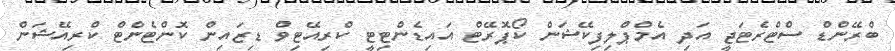
ބްރޭންޑް ސްޓްރެޓަޖީ އަދި އެމްޕްލިފިކޭޝަން ކޯޕޮރޭޓް އައިޑެންޓިޓީ ކްރިއޭޓިވް ޑިޒައިން ކޮންޓެންޓް ކްރިއޭޝަން